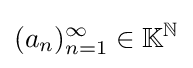
(a_{n})_{n=1}^{\infty }\in \mathbb {K} ^{\mathbb {N} }